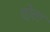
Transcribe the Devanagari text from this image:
हो्ता